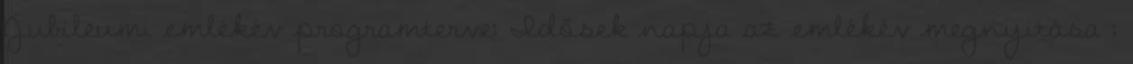
Jubileumi emlékév programterve: Idősek napja az emlékév megnyitása :